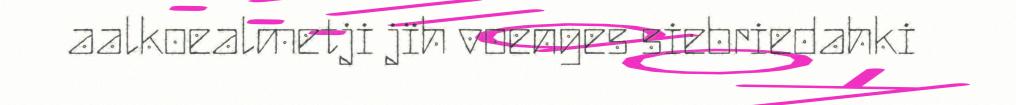
aalkoealmetji jïh voenges siebriedahki